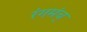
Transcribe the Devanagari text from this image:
रंगमंच्